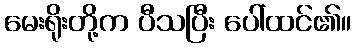
မေးရိုးတို့က ပီသပြီး ပေါ်ထင်၏။